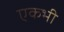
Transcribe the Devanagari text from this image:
एकभी